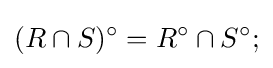
(R\cap S)^{\circ }=R^{\circ }\cap S^{\circ };